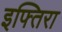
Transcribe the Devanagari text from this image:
इफ्तिरा